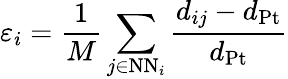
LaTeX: \varepsilon_{i}=\frac{1}{M}\sum_{j\in\textrm{NN}_{i}}\frac{d_{ij}-d_{\mathrm{{Pt}}}}{d_{\mathrm{{Pt}}}}